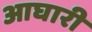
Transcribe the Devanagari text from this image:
आघारी